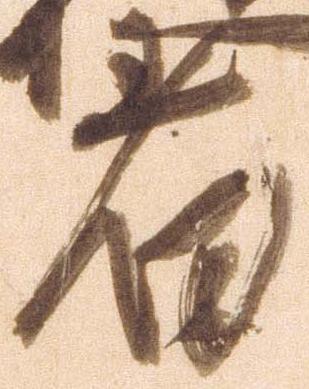
着